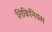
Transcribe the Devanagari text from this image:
लिकिनियस